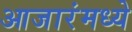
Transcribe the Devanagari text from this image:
आजारंमध्ये